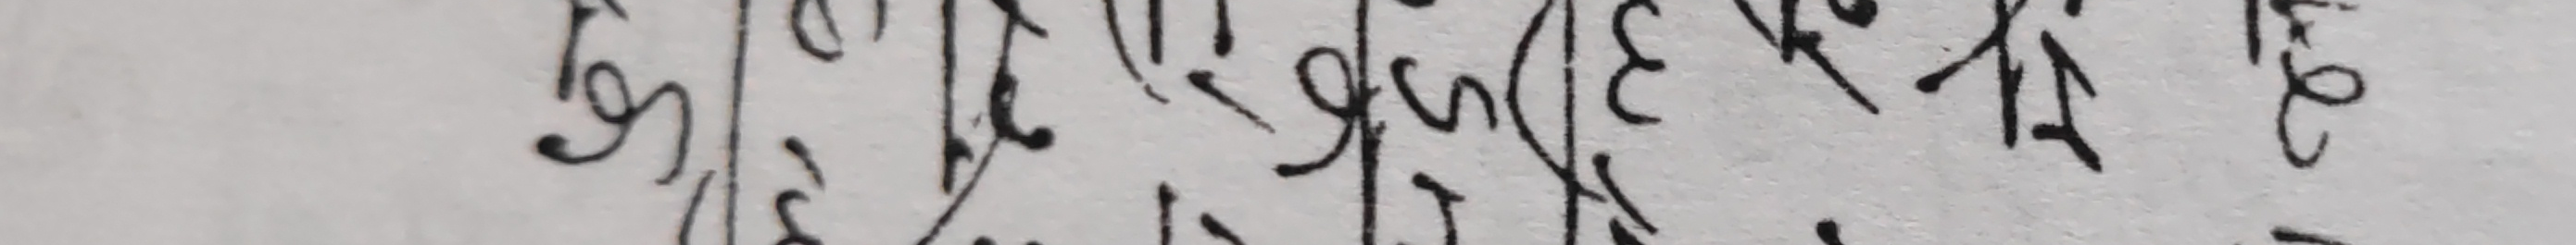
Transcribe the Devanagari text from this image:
ढुङ्गा । मा कैफाई मित